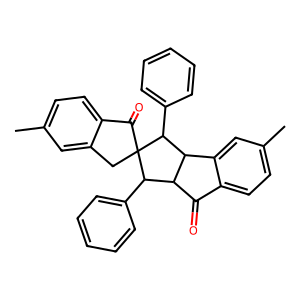
SMILES: Cc1ccc2c(c1)CC1(C2=O)C(c2ccccc2)C2C(=O)c3ccc(C)cc3C2C1c1ccccc1
Inhibits HIV replication: No